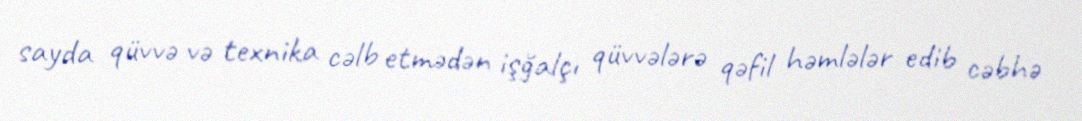
sayda qüvvə və texnika cəlb etmədən işğalçı qüvvələrə qəfil həmlələr edib cəbhə